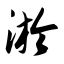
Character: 淤